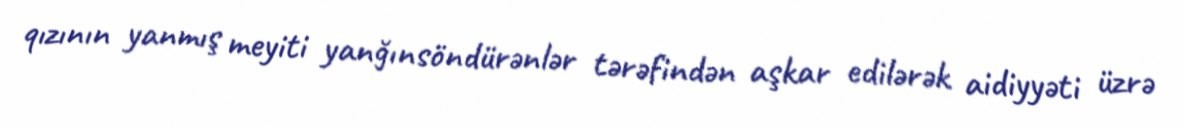
qızının yanmış meyiti yanğınsöndürənlər tərəfindən aşkar edilərək aidiyyəti üzrə